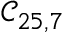
\mathcal { C } _ { 2 5 , 7 }